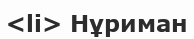
<li> Нұриман